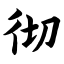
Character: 彻